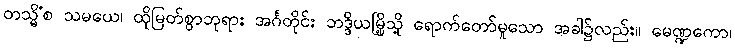
တသ္မိံစ သမယေ၊ ထိုမြတ်စွာဘုရား အင်္ဂတိုင်း ဘဒ္ဒိယမြို့သို့ ရောက်တော်မူသော အခါ၌လည်း။ မေဏ္ဍကော၊